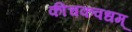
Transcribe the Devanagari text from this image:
कीचकवधम्